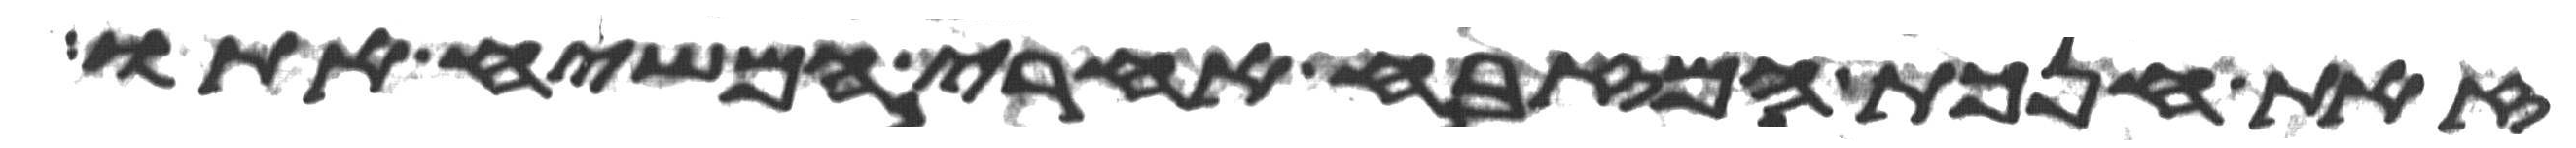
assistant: זאת חנכת המזבח אחרי המשח אתו